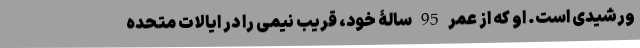
ورشیدی است. او که از عمر 95 سالۀ خود، قریب نیمی را در ایالات متحده